system: You are a helpful assistant.
user:
Analyze the provided spectrum to determine if it is a **S-type Star**.

- **Key Indicators for S-type Star:**

    - **(Overall Spectrum Shape):** The first and most obvious characteristic is the overall continuum (the "baseline" shape). It is **extremely "red-sloping,"** meaning the flux (light intensity) is very low on the left side (blue, ~4000-4500 Å) and rises steeply and continuously toward the right side (red, ~7000 Å+).

    - **(Primary):** The spectrum is defined by the presence of strong, broad molecular absorption "valleys" (bands) from **Zirconium Oxide (ZrO)**. The identification of these bands is the **primary requirement** for classifying a star as S-type.
        - **(Key Bandheads):** You must find distinct, deep "dips" where the light has been absorbed. The most critical band systems to locate are:
            - **~6474 Å** ($\gamma$-system): This is often the strongest and clearest ZrO feature, found in the red part of the spectrum.
            - **~5718 Å** & **~5551 Å** ($\beta$-system): A pair of prominent absorption features in the yellow-orange part of the spectrum.
            - **~4640 Å** ($\alpha$-system): A key absorption band system in the blue-green region of the spectrum.

    - **(Secondary Confirmation):** The classification is strengthened by finding additional absorption bands from other related heavy element oxides, which are expected to be present alongside ZrO.
        - **(Key Bandheads):**
            - **Yttrium Oxide (YO):** Look for absorption dips near **~4800 Å** and **~6100 Å**.
            - **Lanthanum Oxide (LaO):** Additional absorption features, particularly in the red-orange part of the spectrum, are also characteristic.

    - **(Line Profile):** The combination of the steep red continuum and these numerous, deep molecular bands (ZrO, YO, etc.) gives the entire spectrum a very **"chopped-up"** or **"bumpy"** appearance. Instead of a smooth curve, the spectrum looks as though large, wide chunks of light have been "carved out" of it at the specific wavelengths listed above.

Think first, call **spectral_visualization_tool** if needed to examine features in detail, then provide your final answer. Your response must adhere to the following strict rules:
1.  **Overall Structure:** Your response must follow the format `<think>...</think> <tool_call>...</tool_call> (if a tool is used) <answer>...</answer>`.
2.  **Tool Usage Constraint:** You may only make **one** tool call per turn.
3.  **Final Answer Format:** In the `<answer>` tag, your conclusion must be inside a `\boxed{}` command (e.g., `\boxed{YES}` or `\boxed{NO}`), followed by your justification.

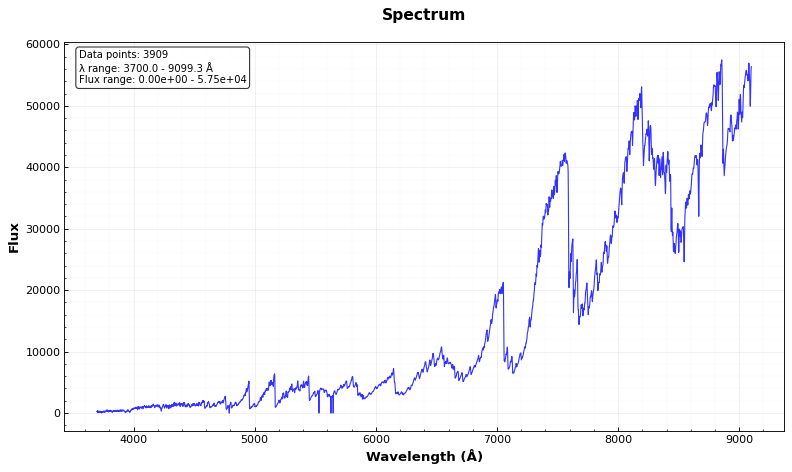
Answer: YES